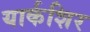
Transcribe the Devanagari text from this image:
यार्कशिर